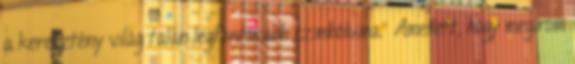
a keresztény világ talán legfontosabb szim­bóluma.” Amellett, hogy megírom